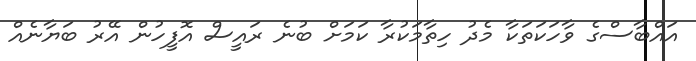
އައްބާސްގެ ވާހަކަތަކާ މެދު ހިތާމަކުރާ ކަމަށް ބުނެ ރައީސް އޮފީހުން އޭރު ބަޔާނެއް